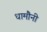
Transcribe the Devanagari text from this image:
धामौनी